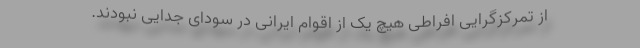
از تمرکز‌گرایی افراطی هیچ یک از اقوام ایرانی در سودای جدایی نبودند.